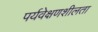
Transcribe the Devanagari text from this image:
पर्यवेक्षणशीलता